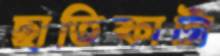
ছাতিফাটা